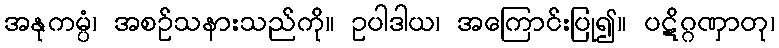
အနုကမ္ပံ၊ အစဉ်သနားသည်ကို။ ဥပါဒါယ၊ အကြောင်းပြု၍။ ပဋိဂ္ဂဏှာတု၊